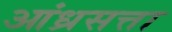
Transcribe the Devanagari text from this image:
आंध्रसत्ता